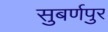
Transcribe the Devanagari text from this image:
सुबर्णपुर